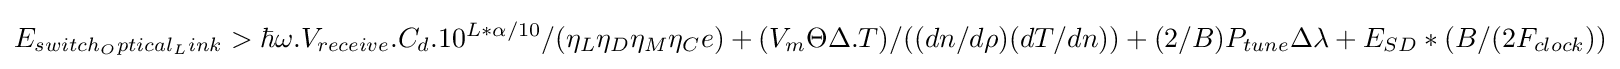
E_{switch_{O}ptical_{L}ink}>\hbar \omega .V_{receive}.C_{d}.10^{L*\alpha /10}/(\eta _{L}\eta _{D}\eta _{M}\eta _{C}e)+(V_{m}\Theta \Delta .T)/((dn/d\rho )(dT/dn))+(2/B)P_{tune}\Delta \lambda +E_{SD}*(B/(2F_{clock}))